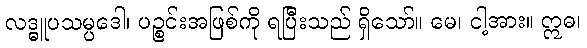
လဒ္ဓူပသမ္ပဒေါ၊ ပဉ္စင်းအဖြစ်ကို ရပြီးသည် ရှိသော်။ မေ၊ ငါ့အား။ ဣဓ၊